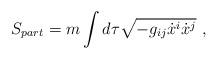
LaTeX: \begin{align*} S_{part} = m \int d\tau \sqrt{ -g_{ij} \dot{x}^i \dot{x}^j}~,\end{align*}